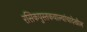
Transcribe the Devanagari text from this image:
रसिकपुस्तकवाल्यांचादेखील